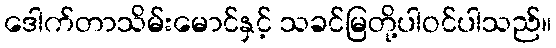
ဒေါက်တာသိမ်းမောင်နှင့် သခင်မြတို့ပါဝင်ပါသည်။